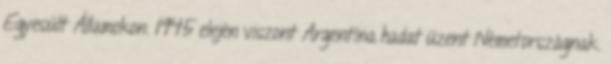
Egyesült Államokon. 1945 elején viszont Argentína hadat üzent Németországnak.